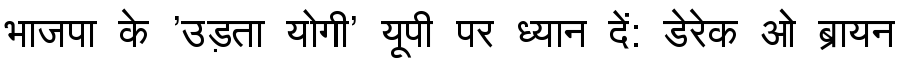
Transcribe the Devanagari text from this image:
भाजपा के 'उड़ता योगी' यूपी पर ध्यान दें: डेरेक ओ ब्रायन